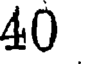
40